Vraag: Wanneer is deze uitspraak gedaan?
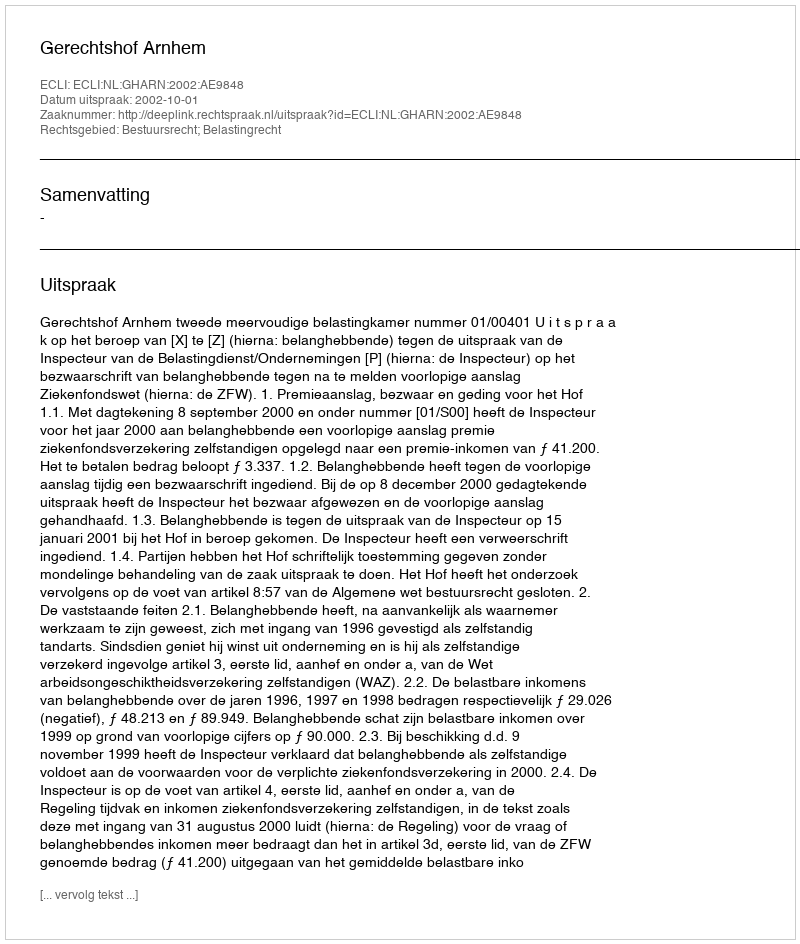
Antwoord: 2002-10-01